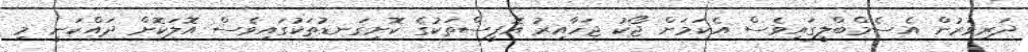
ދަރިވަރުން އެސެމްބްލީގައިވެސް އެކަމަށް ޖޯކު ޖަހާއިރު އޮފީސްތަކުގެ ކޮށިގަނޑުތަކުގައިވެސް އޮލަކޮށް ދައްކަނީ މި